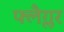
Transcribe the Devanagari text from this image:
फ्लैग्लर